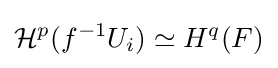
{\mathcal {H}}^{p}(f^{-1}U_{i})\simeq H^{q}(F)